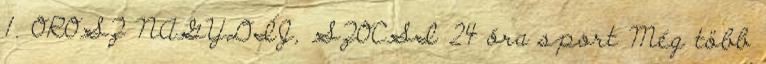
1. OROSZ NAGYDÍJ, SZOCSI 24 óra sport Még több